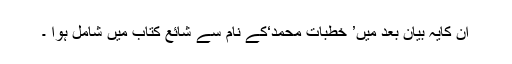
ان کایہ بیان بعد میں’ خطبات محمد‘کے نام سے شائع کتاب میں شامل ہوا ۔